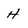
Character: H